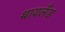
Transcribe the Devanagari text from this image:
थायलँड